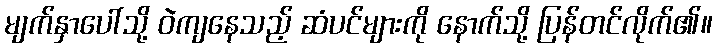
မျက်နှာပေါ်သို့ ဝဲကျနေသည့် ဆံပင်များကို နောက်သို့ ပြန်တင်လိုက်၏။